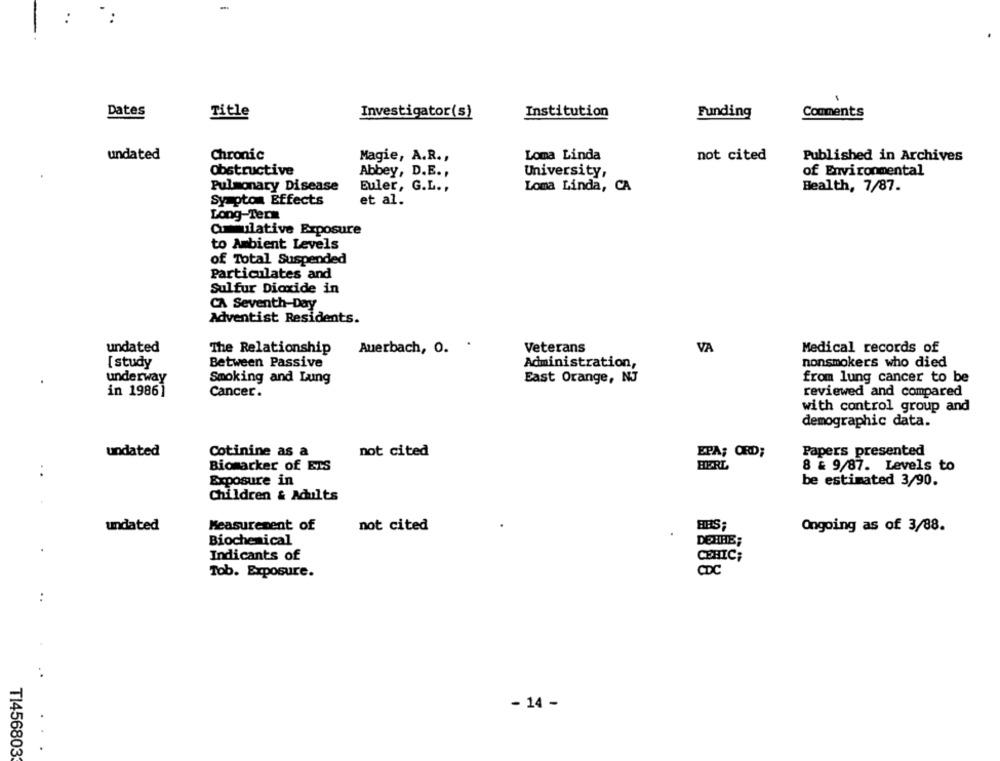
Dates
Title
Investigator(s)
Institution
Funding
Comments
undated
Chronic
Magie, A.R .,
Loma Linda
not cited
Published in Archives
Obstructive
Abbey, D.E .,
University,
of Environmental
Pulmonary Disease
Euler, G.L .,
Loma Linda, CA
Health, 7/87.
Sy pton Effects
et al.
Long-Term
ammulative Exposure
to Ambient Levels
of Total Suspended
Particulates and
Sulfur Dioxide in
CA Seventh-Day
Adventist Residents.
undated
The Relationship
Auerbach, 0. .
Veterans
VA
Medical records of
[ study
Between Passive
Administration,
nonsmokers who died
underway
Smoking and Lung
East Orange, NJ
from lung cancer to be
in 1986]
Cancer.
reviewed and compared
with control group and
demographic data.
undated
Cotinine as a
not cited
EPA; ORD;
Papers presented
..
Biomarker of ETS
HERL
8 £ 9/87. Levels to
Exposure in
be estimated 3/90.
Children & Adults
undated
Measurement of
not cited
Ongoing as of 3/88.
Biochemical
DETHE;
Indicants of
CEHIC;
CDC
Tob. Exposure.
- 14 -
TI456803